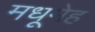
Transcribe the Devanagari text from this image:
मधूमेह